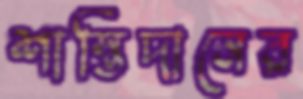
শাস্তিদানের